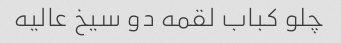
چلو کباب لقمه دو سیخ عالیه